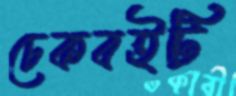
চেকবইটি